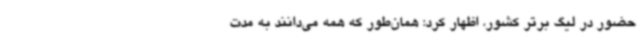
حضور در لیگ برتر کشور، اظهار کرد: همان‌طور که همه می‌دانند به مدت